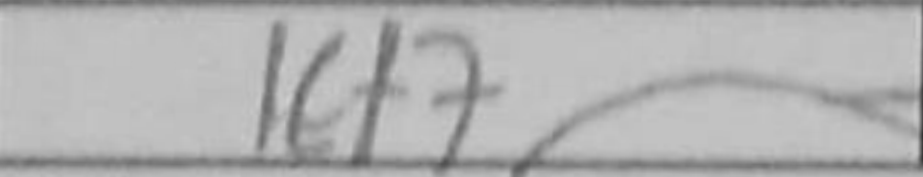
Transcription: Kf7